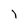
Character: J